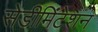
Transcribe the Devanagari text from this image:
सेडीमिंटेशन